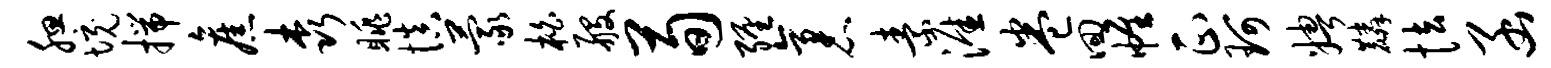
腮境揣旧森眺慎蒙柏般荀缠袤素涯卷回帷正珂娉麟怯函